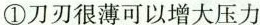
①刀刃很薄可以增大压力